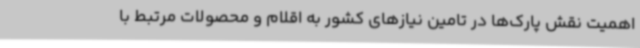
اهمیت نقش پارک‌ها در تامین نیازهای کشور به اقلام و محصولات مرتبط با